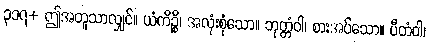
၃၁၇+ ဤအတူသာလျှင်။ ယံကိဉ္စိ၊ အလုံးစုံသော။ ဘုတ္တံဝါ၊ စားအပ်သော။ ပီတံဝါ၊